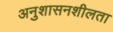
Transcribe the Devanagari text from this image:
अनुशासनशीलता